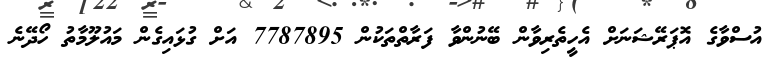
އުސްވާގެ އޮޕަރޭޝަނަށް އެހީތެރިވާން ބޭނުންވާ ފަރާތްތަކުން 7787895 އަށް ގުޅައިގެން މައުލޫމާތު ހޯދޭނެ